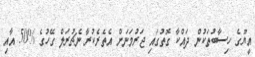
އީޔޫގެ ހިސާބުތަކުން ދައްކާ ގޮތުގައި ޖަރުމަނަށް އެތެރެކުރާ ނެޗުރަލް ގޭހުގެ %50 އާއި